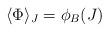
LaTeX: \begin{align*}\langle \Phi \rangle _J = \phi_B(J)\end{align*}